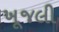
ખૂજલી